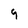
Character: 9